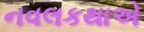
નવલકથાએ